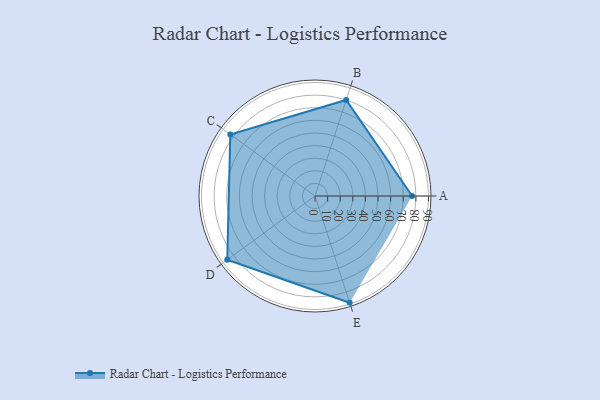
{"axis": {"x": "Skill", "y": "Score"}, "legend": ["Profile"], "data": [{"x": "A", "y": 77.0, "type": "Profile"}, {"x": "B", "y": 80.0, "type": "Profile"}, {"x": "C", "y": 83.0, "type": "Profile"}, {"x": "D", "y": 86.0, "type": "Profile"}, {"x": "E", "y": 89.0, "type": "Profile"}]}